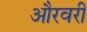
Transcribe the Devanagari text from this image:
औरवरी